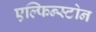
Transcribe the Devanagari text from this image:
एल्फिन्स्टोन